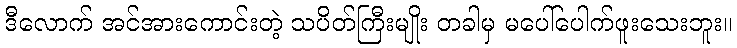
ဒီလောက် အင်အားကောင်းတဲ့ သပိတ်ကြီးမျိုး တခါမှ မပေါ်ပေါက်ဖူးသေးဘူး။